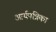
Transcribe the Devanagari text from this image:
आर्यपत्रिका